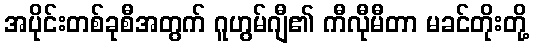
အပိုင်းတစ်ခုစီအတွက် ဂူဟွမ်ဂျီ၏ ကီလီုမီတာ မခင်တိုးတို့